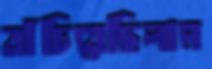
বাঁচিয়েছিলাম